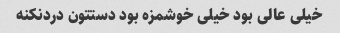
خیلی عالی بود خیلی خوشمزه بود دستتون دردنکنه